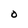
Character: O